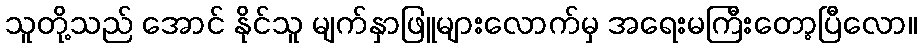
သူတို့သည် အောင် နိုင်သူ မျက်နှာဖြူများလောက်မှ အရေးမကြီးတော့ပြီလော။